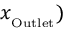
x _ { _ \mathrm { O u t l e t } } )